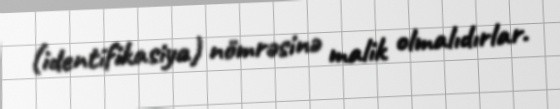
(identifikasiya) nömrəsinə malik olmalıdırlar.